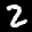
Label: 2